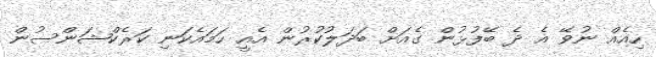
ހިއެއް ނުވޭ އެ ދެ ބޭފުޅުން ގެއަށް ބަދަލުކުރުން އެއީ ހަމައެކަނި ކަރެކްޝަންސުން